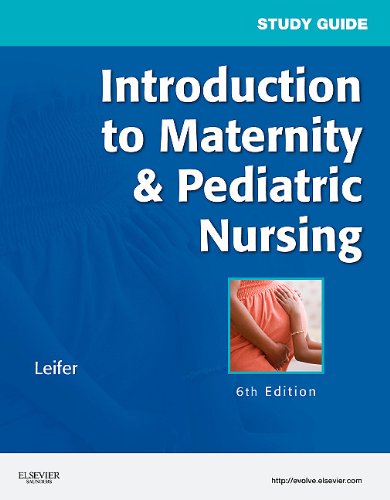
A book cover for Study Guide for Introduction to Maternity & Pediatric Nursing, 6e; Gloria Leifer MA  RN  CNE; Medical Books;